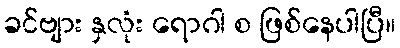
ခင်ဗျား နှလုံး ရောဂါ စ ဖြစ်နေပါပြီ။